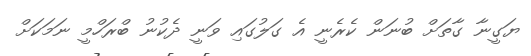
ޔަގީނާ ގާތަށް ބުނަން ކެރެނީ އެ ގަލުގައި ވަނީ ދެކުނު ބްރަހްމީ ނަމަކަށް